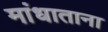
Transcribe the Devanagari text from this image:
मांधाताना